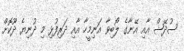
ސުދޭޝް އާއި އޭނާގެ ލޯބިވާ އަނިމީހާ އާއި ދަރިފުޅި މި ދުނިޔެ ދޫކޮށް